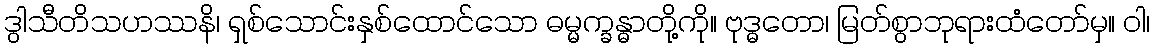
ဒွါသီတိသဟဿနိ၊ ရှစ်သောင်းနှစ်ထောင်သော ဓမ္မက္ခန္ဓာတို့ကို။ ဗုဒ္ဓတော၊ မြတ်စွာဘုရားထံတော်မှ။ ဝါ၊